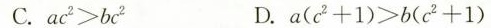
C.$$a c ^ { 2 } > b c ^ { 2 }$$ D.$$a ( c ^ { 2 } + 1 ) > b ( c ^ { 2 } + 1 )$$